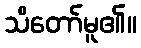
သိတော်မူ၏။